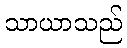
သာယာသည်